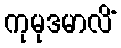
ကုမုဒမာလိံ